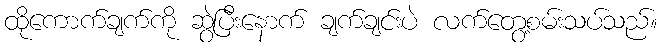
ထိုကောက်ချက်ကို ဆွဲပြီးနောက် ချက်ချင်းပဲ လက်တွေ့စမ်းသပ်သည်။